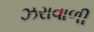
ઝરાવાળી